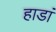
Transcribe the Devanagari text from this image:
हाडां